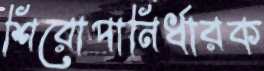
শিরোপানির্ধারক